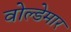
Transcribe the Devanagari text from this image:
वोल्डेमार